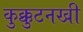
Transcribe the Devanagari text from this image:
कुक्कुटनखी